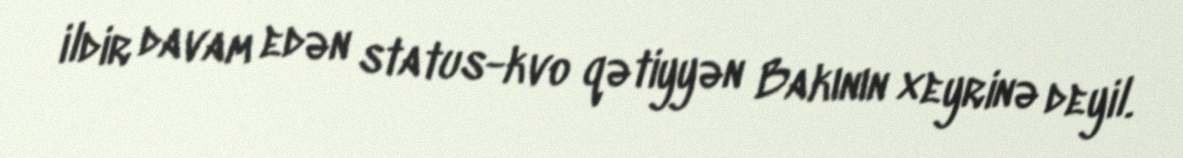
ildir davam edən status-kvo qətiyyən Bakının xeyrinə deyil.